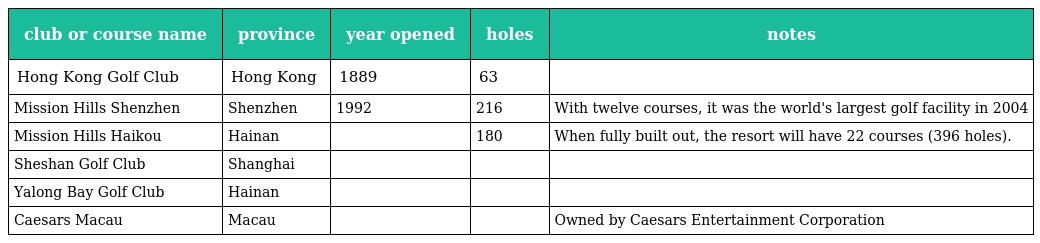
| club or course name | province | year opened | holes | notes |
 | --- | --- | --- | --- | --- |
 | Hong Kong Golf Club | Hong Kong | 1889 | 63 |  |
 | Mission Hills Shenzhen | Shenzhen | 1992 | 216 | With twelve courses, it was the world's largest golf facility in 2004 |
 | Mission Hills Haikou | Hainan |  | 180 | When fully built out, the resort will have 22 courses (396 holes). |
 | Sheshan Golf Club | Shanghai |  |  |  |
 | Yalong Bay Golf Club | Hainan |  |  |  |
 | Caesars Macau | Macau |  |  | Owned by Caesars Entertainment Corporation |